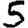
Digit: 5